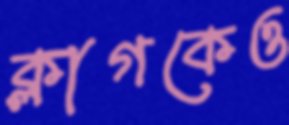
ক্লাগকেও